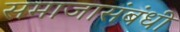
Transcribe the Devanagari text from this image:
समाजासंबंधी